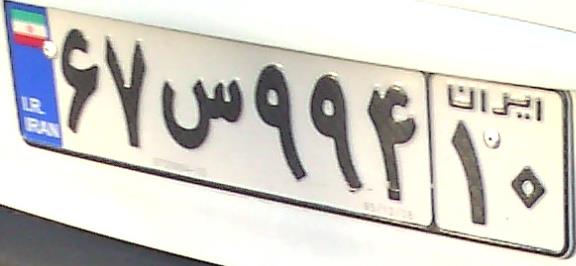
۶۷س۹۹۴۱۰